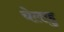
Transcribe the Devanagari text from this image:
चेलाहु